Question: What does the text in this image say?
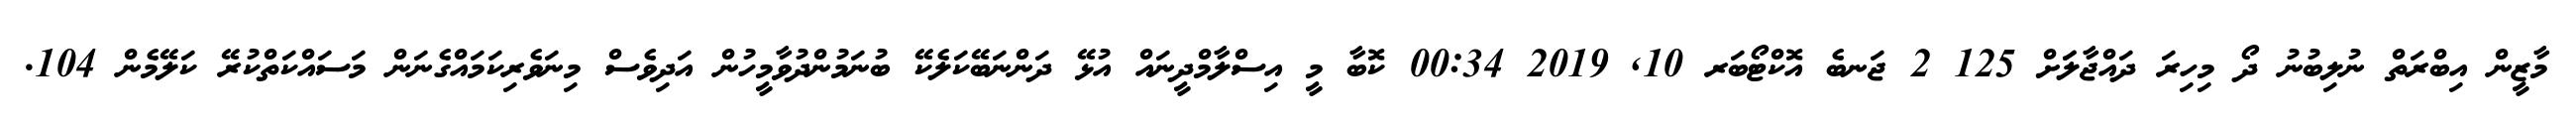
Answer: މާޒީން އިބްރަތް ނުލިބުނު ދޯ މިހިރަ ދައްޖާލަަށް 125 2 ޖަނބެ އޮކްޓޯބަރ 10, 2019 00:34 ކޮބާ މީ އިސްލާމްދީނައް އުޅޭ ދަންނަބޭކަލެކޭ ބުނަމުންދުވާމީހުން އަދިވެސް މިނަވެރިކަމައްގެނަން މަސައްކަތްކުރޭ ކަލޭމެން 104.